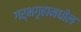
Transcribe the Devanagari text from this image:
गर्भगृहामधील